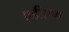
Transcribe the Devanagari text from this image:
एडीएफ